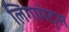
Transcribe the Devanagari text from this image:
लिगामंट्स